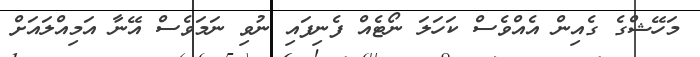
މަހޭޝްގެ ގެއިން އެއްވެސް ކަހަލަ ނޯޓެއް ފެނިފައި ނުވި ނަމަވެސް އޭނާ އަމިއްލައަށް